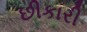
છીકારી